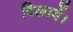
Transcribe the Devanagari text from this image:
दिलावें।